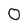
Character: 0